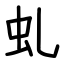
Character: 虬